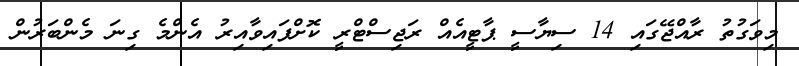
މިވަގުތު ރާއްޖޭގައި 14 ސިޔާސީ ޕާޓީއެއް ރަޖިސްޓްރީ ކޮށްފައިވާއިރު އެންމެ ގިނަ މެންބަރުން